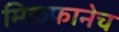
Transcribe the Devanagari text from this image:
मिळफानेच